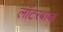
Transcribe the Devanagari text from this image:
लॉटरबाक